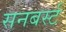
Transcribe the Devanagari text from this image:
सनबर्स्ट